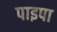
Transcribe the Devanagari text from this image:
पाइपा